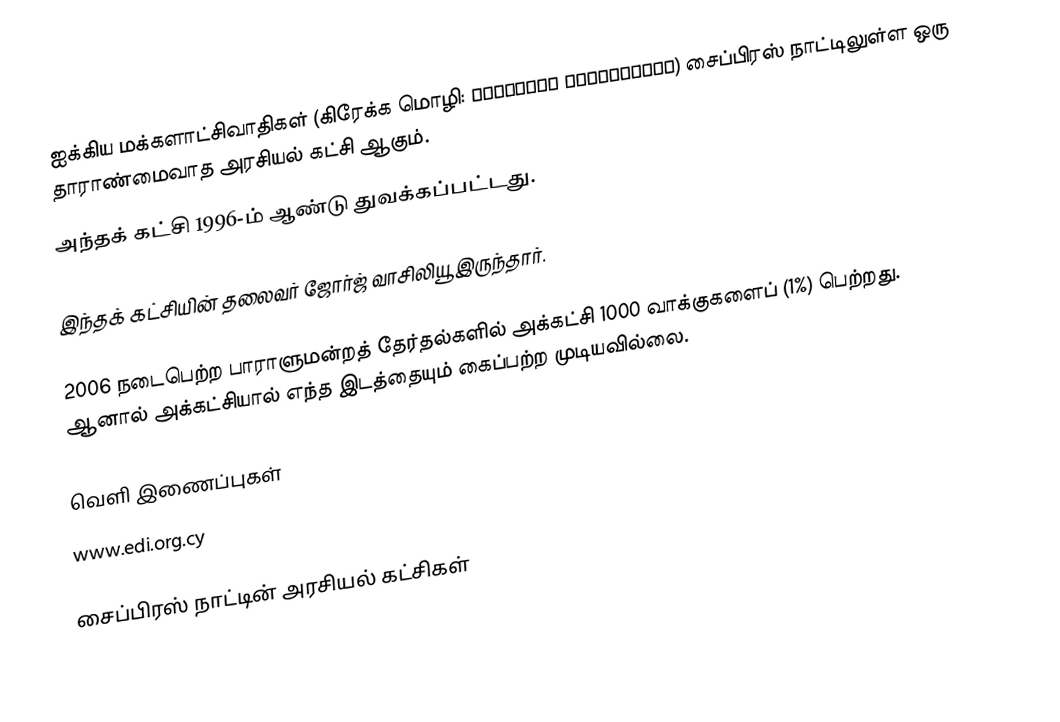
ஐக்கிய மக்களாட்சிவாதிகள் (கிரேக்க மொழி: Ενωμένοι Δημοκρατές) சைப்பிரஸ் நாட்டிலுள்ள ஒரு தாராண்மைவாத அரசியல் கட்சி ஆகும்.
அந்தக் கட்சி 1996-ம் ஆண்டு துவக்கப்பட்டது.

இந்தக் கட்சியின் தலைவர் ஜோர்ஜ் வாசிலியூ இருந்தார்.

2006 நடைபெற்ற பாராளுமன்றத் தேர்தல்களில் அக்கட்சி 1000 வாக்குகளைப் (1%) பெற்றது. ஆனால் அக்கட்சியால் எந்த இடத்தையும் கைப்பற்ற முடியவில்லை.

வெளி இணைப்புகள்
www.edi.org.cy

சைப்பிரஸ் நாட்டின் அரசியல் கட்சிகள்